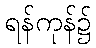
ရန်ကုန်၌